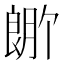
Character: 𬂆